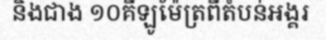
និងជាង ១០គីឡូម៉ែត្រពីតំបន់អង្គរ